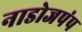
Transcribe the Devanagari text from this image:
नाडोजपंप